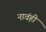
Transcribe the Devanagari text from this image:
नावंही